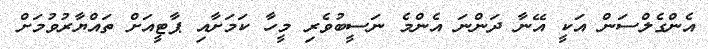
އެންގެލްސަން އަކީ އޭނާ ދަންނަ އެންމެ ނަސީބުވެރި މީހާ ކަމަށާއި ޕާޓީއަށް ތައްޔާރުވުމަށް